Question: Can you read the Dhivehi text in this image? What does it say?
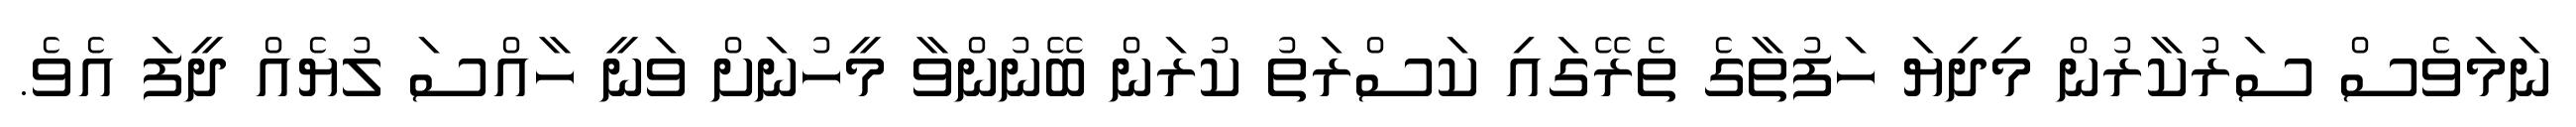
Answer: ނަމަވެސް ސަރުކާރުން މިދިޔަ ހަފުތާގެ ތެރޭގައި ކަސްރަތު ކުރަން ބޭނުންވާ މީހުނަށް ވަނީ ހާއްސަ ލުޔެއް ދީފަ އެވެ.